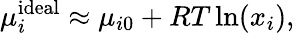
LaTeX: \mu_{i}^{\mathrm{ideal}}\approx\mu_{i0}+RT\ln(x_{i}),